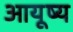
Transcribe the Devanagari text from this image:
आयूष्य